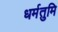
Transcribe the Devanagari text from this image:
धर्मतुमि